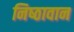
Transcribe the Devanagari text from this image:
निष्‍ठावान